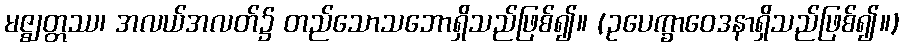
မဇ္ဈတ္တဿ၊ အလယ်အလတ်၌ တည်သောသဘောရှိသည်ဖြစ်၍။ (ဥပေက္ခာဝေဒနာရှိသည်ဖြစ်၍။)